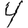
Digit: 4